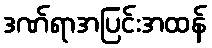
ဒဏ်ရာအပြင်းအထန်